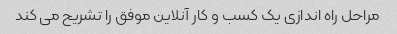
مراحل راه اندازی یک کسب و کار آنلاین موفق را تشریح می کند